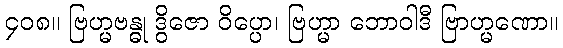
၄၀၈။ ဗြဟ္မဗန္ဓု ဒွိဇော ဝိပ္ပော၊ ဗြဟ္မာ ဘောဝါဒီ ဗြာဟ္မဏော။